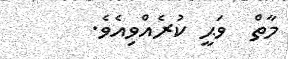
މާތް  ވަޙީ ކުރެއްވިއެވެ.